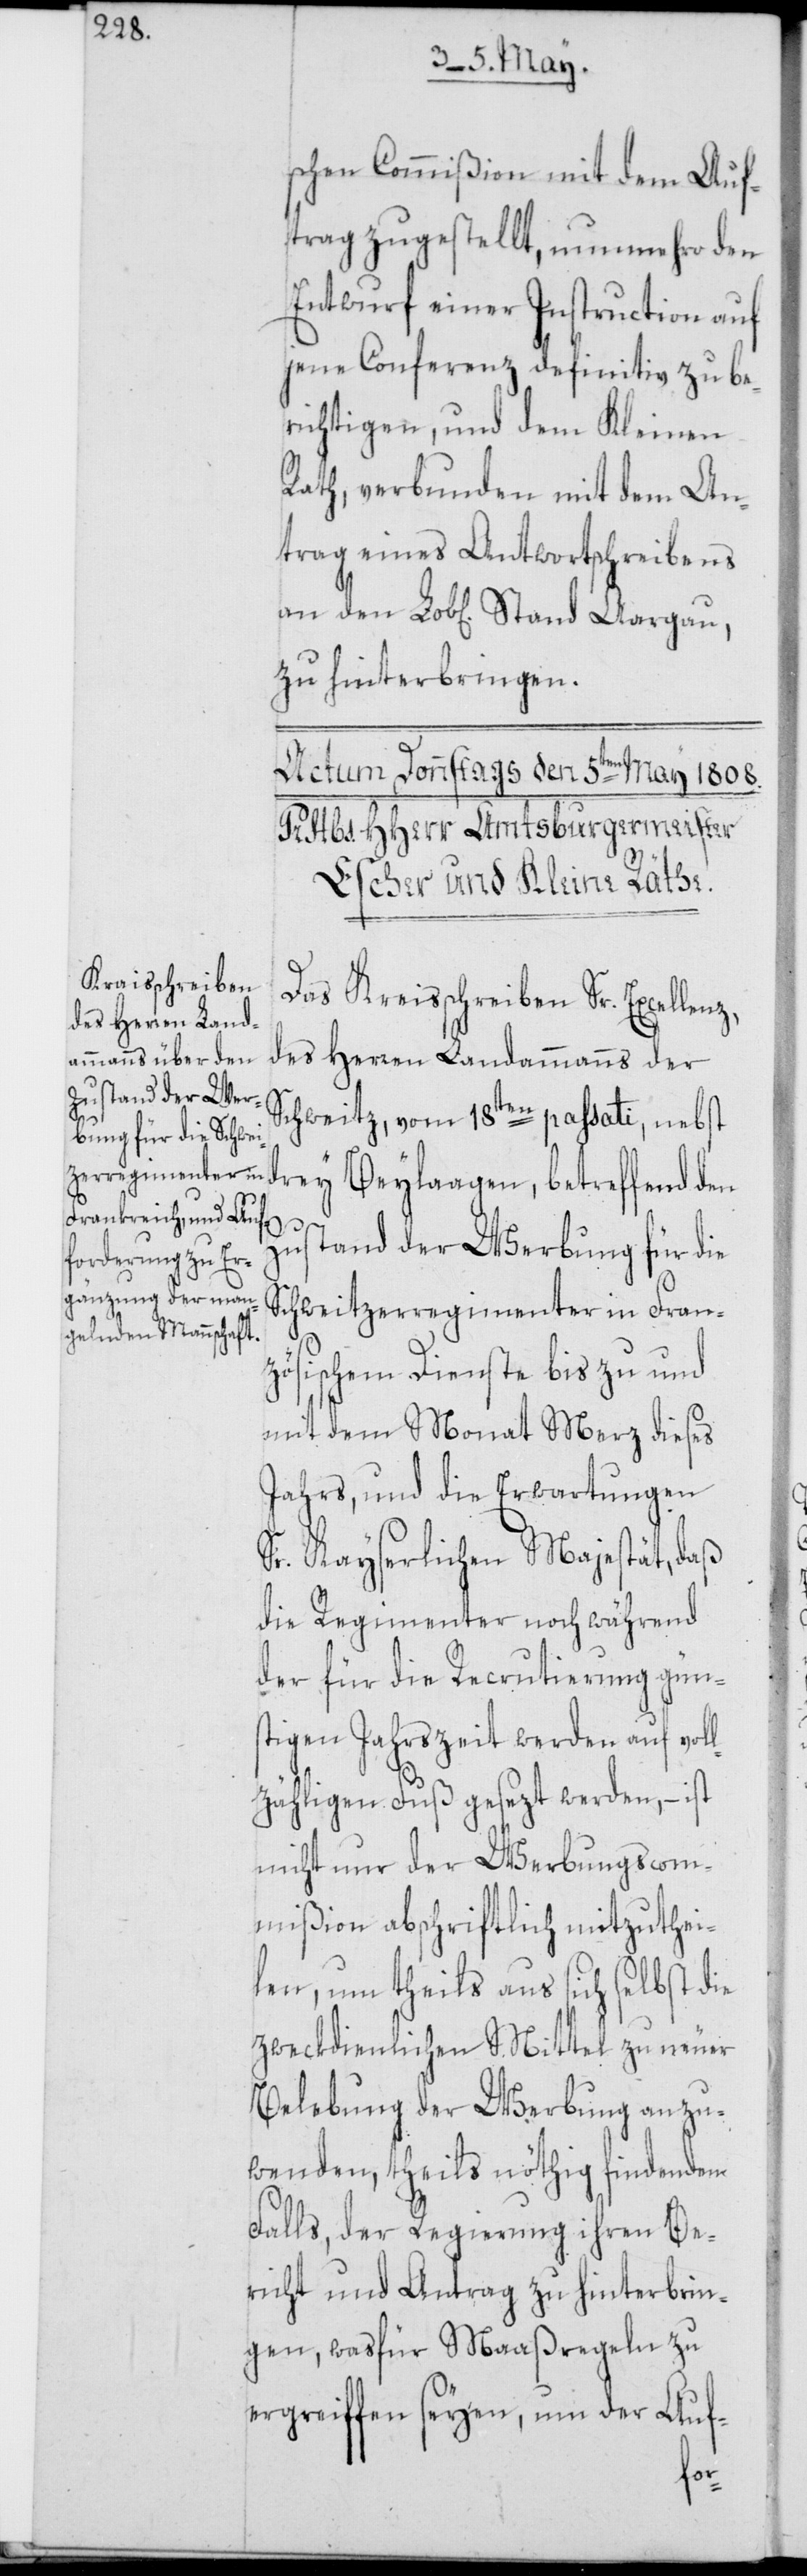
schen Commißion mit dem Auf¬
trag zugestellt, nunmehro den
Entwurf einer Instruction auf
jene Conferenz definitiv zu be¬
richtigen, und dem Kleinen
Rath, verbunden mit dem An¬
trag eines Antwortschreibens
zu hinterbringen.
Das Kreisschreiben Sr. Excellenz,
des Herren Landammanns der
Schweitz, vom 18ten passati, nebst
drey Beylaagen, betreffend den
Zustand der Werbung für die
Schweitzerregimenter in Fran¬
zösischem Dienste bis zu und
mit dem Monat Merz dieses
Jahrs, und die Erwartungen
Sr. Kayserlichen Majestät, daß
die Regimenter noch während
der für die Recrutierung güns¬
tigen Jahrszeit werden auf vol¬
lzähligen Fuß gesezt werden, – ist
nicht nur der Werbungscom¬
mißion abschriftlich mitzuthei¬
len, um theils aus sich selbst die
zweckdienlichen Mittel zu neuer
Belebung der Werbung anzu¬
wenden, theils nöthig findenden
Falls, der Regierung ihren Be¬
richt und Antrag zu hinterbrin¬
gen, was für Maaßregeln zu
ergreiffen seyen, um der Auf-
den